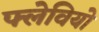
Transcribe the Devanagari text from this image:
फ्लेवियो